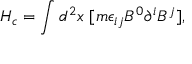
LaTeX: H _ { c } = \int d ^ { 2 } x ~ [ m \epsilon _ { i j } B ^ { 0 } \partial ^ { i } B ^ { j } ] ,